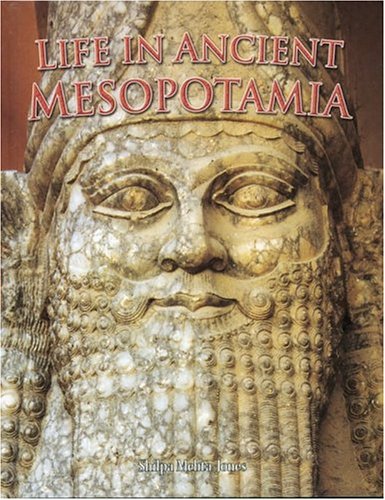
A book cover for Life in Ancient Mesopotamia (Peoples of the Ancient World); Shilpa Mehta-Jones; History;